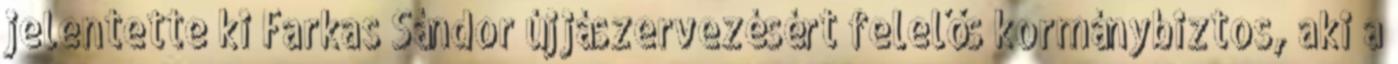
jelentette ki Farkas Sándor újjászervezésért felelős kormánybiztos, aki a